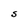
Character: S